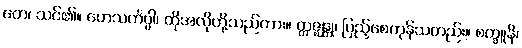
တေ၊ သင်၏။ တေသင်္ကပ္ပါ၊ ထိုအလိုတို့သည်ကား။ ဣဇ္ဈန္တု၊ ပြည့်စေကုန်သတည်း။ စက္ခူနိ၊